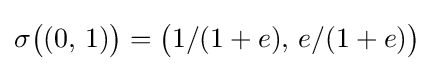
\sigma {\bigl (}(0,\,1){\bigr )}={\bigl (}1/(1+e),\,e/(1+e){\bigr )}